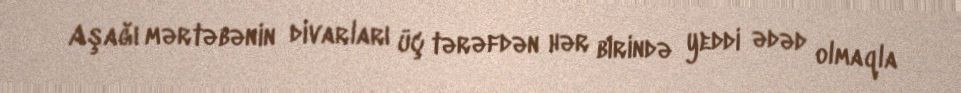
Aşağı mərtəbənin divarları üç tərəfdən hər birində yeddi ədəd olmaqla